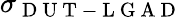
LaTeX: \sigma_{\mathrm{~D~U~T~-~L~G~A~D~}}